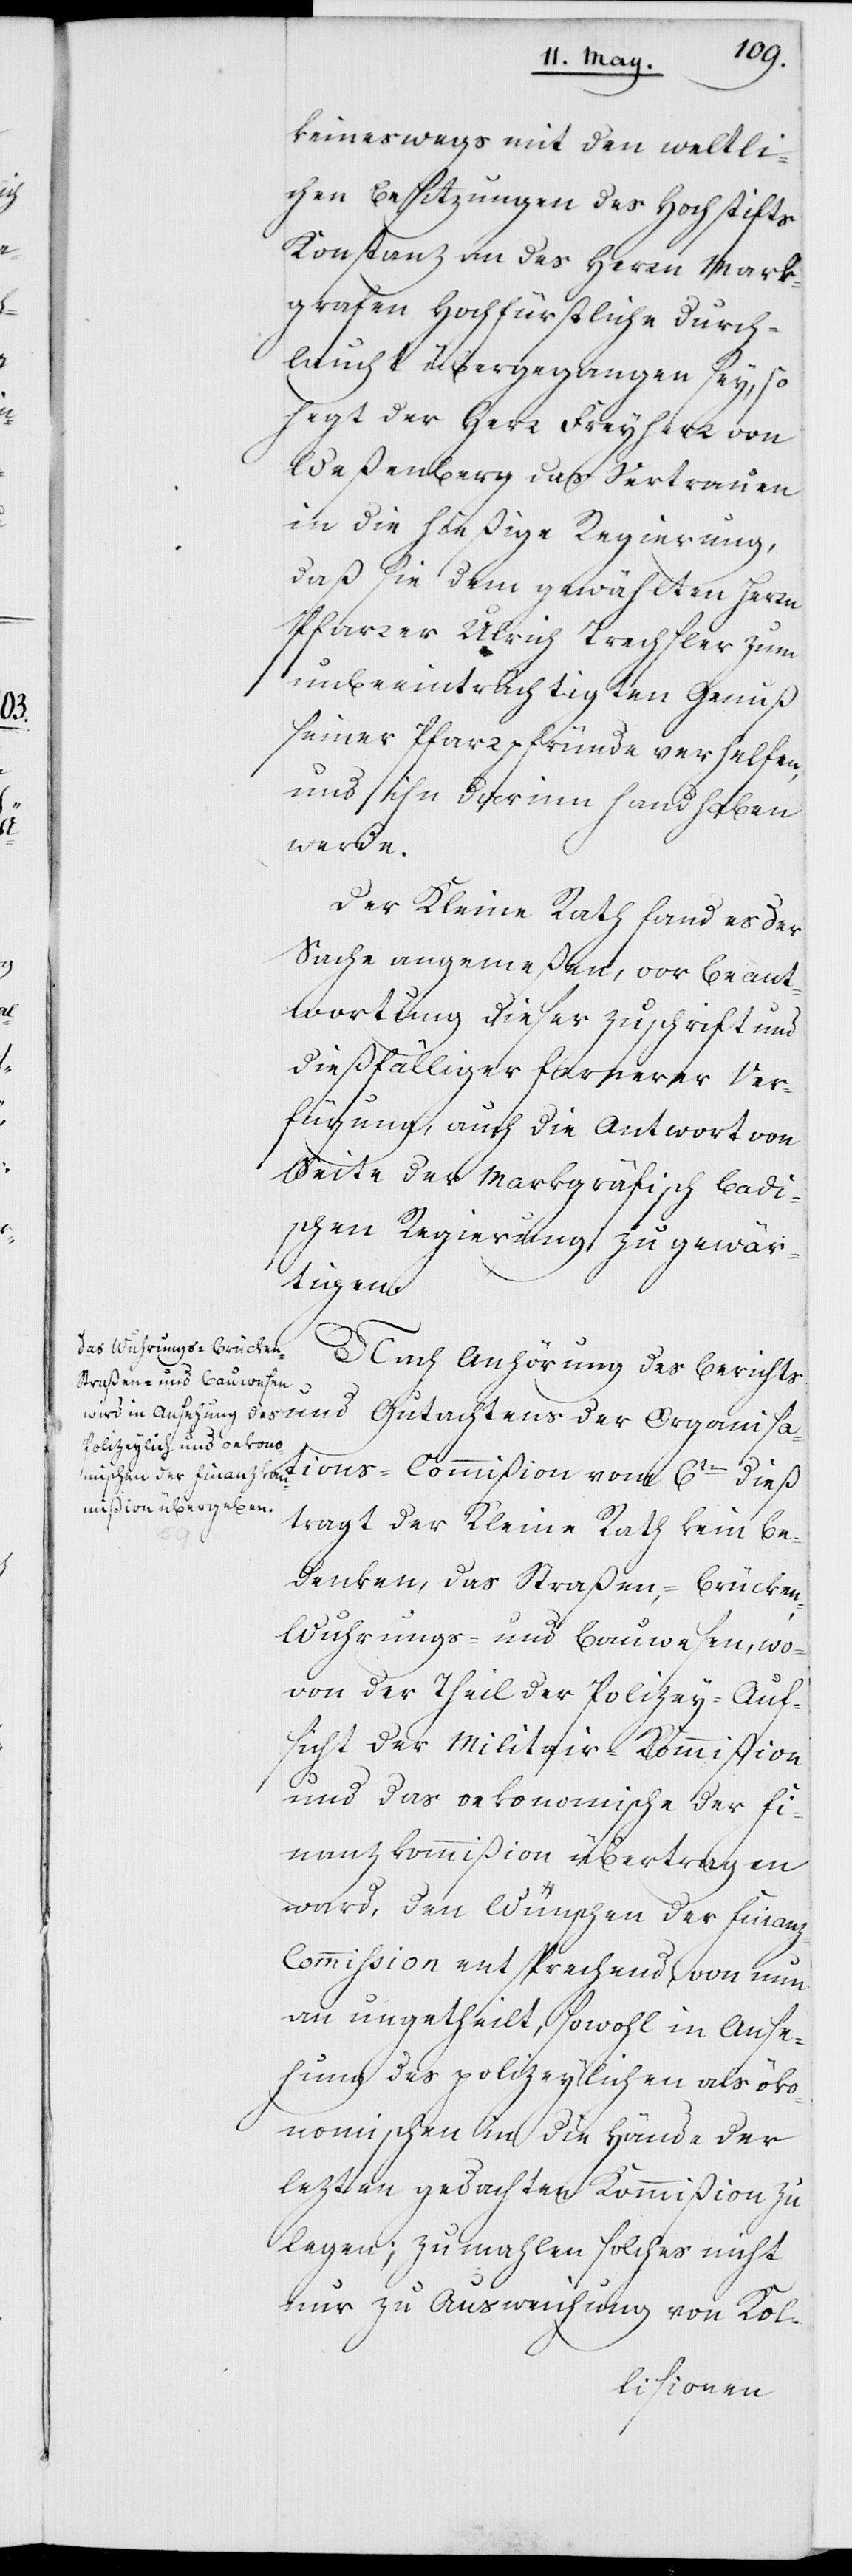
keineswegs mit den weltli¬
chen Besetzungen des Hochstifts
Konstanz an des Herrn Mark¬
grafen Hochfürstliche Durch¬
laucht übergegangen sey, so
hegt der Herr Freyherr von
Weßenberg das Vertrauen
in die hießige Regierung,
daß sie dem gewählten Herrn
Pfarrer Ulrich Trachsler zum
unbeeinträchtigten Genuß
seiner Pfarrpfründe verhelfen,
und ihn darinn handhaben
werde.
Der Kleine Rath fand es der
Sache angemeßen, vor Beant¬
wortung dieser Zuschrift und
dießfälliger fernerer Ver¬
fügung, auch die Antwort von
Seite der Markgräfisch Badi¬
schen Regierung zu gewär¬
tigen.
Nach Anhörung des Berichts
und Gutachtens der Organisa¬
tions-Commißion vom 6ten dieß
tragt der Kleine Rath kein Be¬
denken, das Straßen,- Brücken,-
Wuhrungs- und Bauwesen, wo¬
von der Theil der Polizey-Auf¬
sicht der Militair-Kommißion
und das oekonomische der Fi¬
nanzkommißion übertragen
ward, den Wünschen der Finan¬
z-Commission entsprechend, von nun
an ungetheilt, sowohl in Anse¬
hung des polizeylichen als öko¬
nomischen in die Hände der
lezten gedachten Kommißion zu
legen; zumahlen solches nicht
nur zu Ausweichung von Kol-